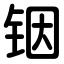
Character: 铟